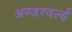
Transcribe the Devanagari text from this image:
अण्डरवर्ल्ड़